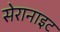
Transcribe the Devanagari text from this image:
सेरानाइट